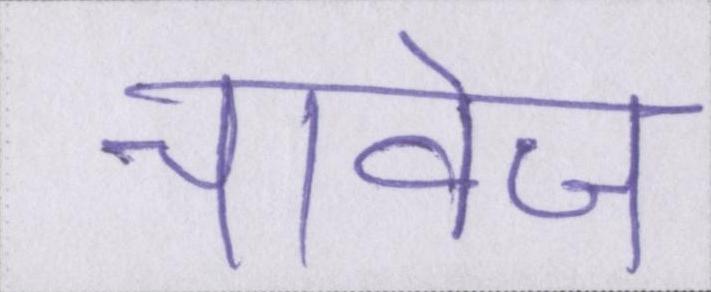
चावेज